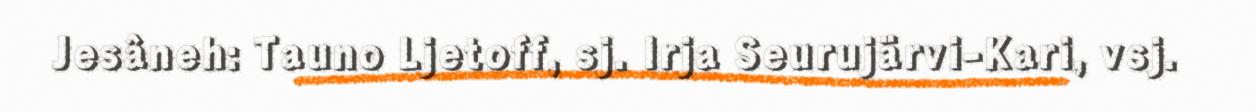
Jesâneh: Tauno Ljetoff, sj. Irja Seurujärvi-Kari, vsj.